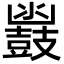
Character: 𮮩